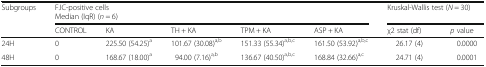
<table><thead><tr><td rowspan="2"><b>Subgroups</b></td><td colspan="5"><b>FJC-positive cellsMedian (IqR) (<i>n</i> = 6)</b></td><td colspan="2"><b>Kruskal-Wallis test (<i>N</i> = 30)</b></td></tr><tr><td><b>CONTROL</b></td><td><b>KA</b></td><td><b>TH + KA</b></td><td><b>TPM + KA</b></td><td><b>ASP + KA</b></td><td><b>χ2 stat (df)</b></td><td><b><i>p</i> value</b></td></tr></thead><tbody><tr><td>24H</td><td>0</td><td>225.50 (54.25)<sup>a</sup></td><td>101.67 (30.08)<sup>a,b</sup></td><td>151.33 (55.34)<sup>a,b,c</sup></td><td>161.50 (53.92)<sup>a,b,c</sup></td><td>26.17 (4)</td><td>0.0000</td></tr><tr><td>48H</td><td>0</td><td>168.67 (18.00)<sup>a</sup></td><td>94.00 (7.16)<sup>a,b</sup></td><td>136.67 (40.50)<sup>a,b,c</sup></td><td>168.84 (32.66)<sup>a,c</sup></td><td>24.71 (4)</td><td>0.0001</td></tr></tbody></table>